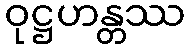
ဝုဋ္ဌဟန္တဿ